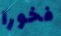
فخورا